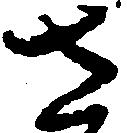
さ